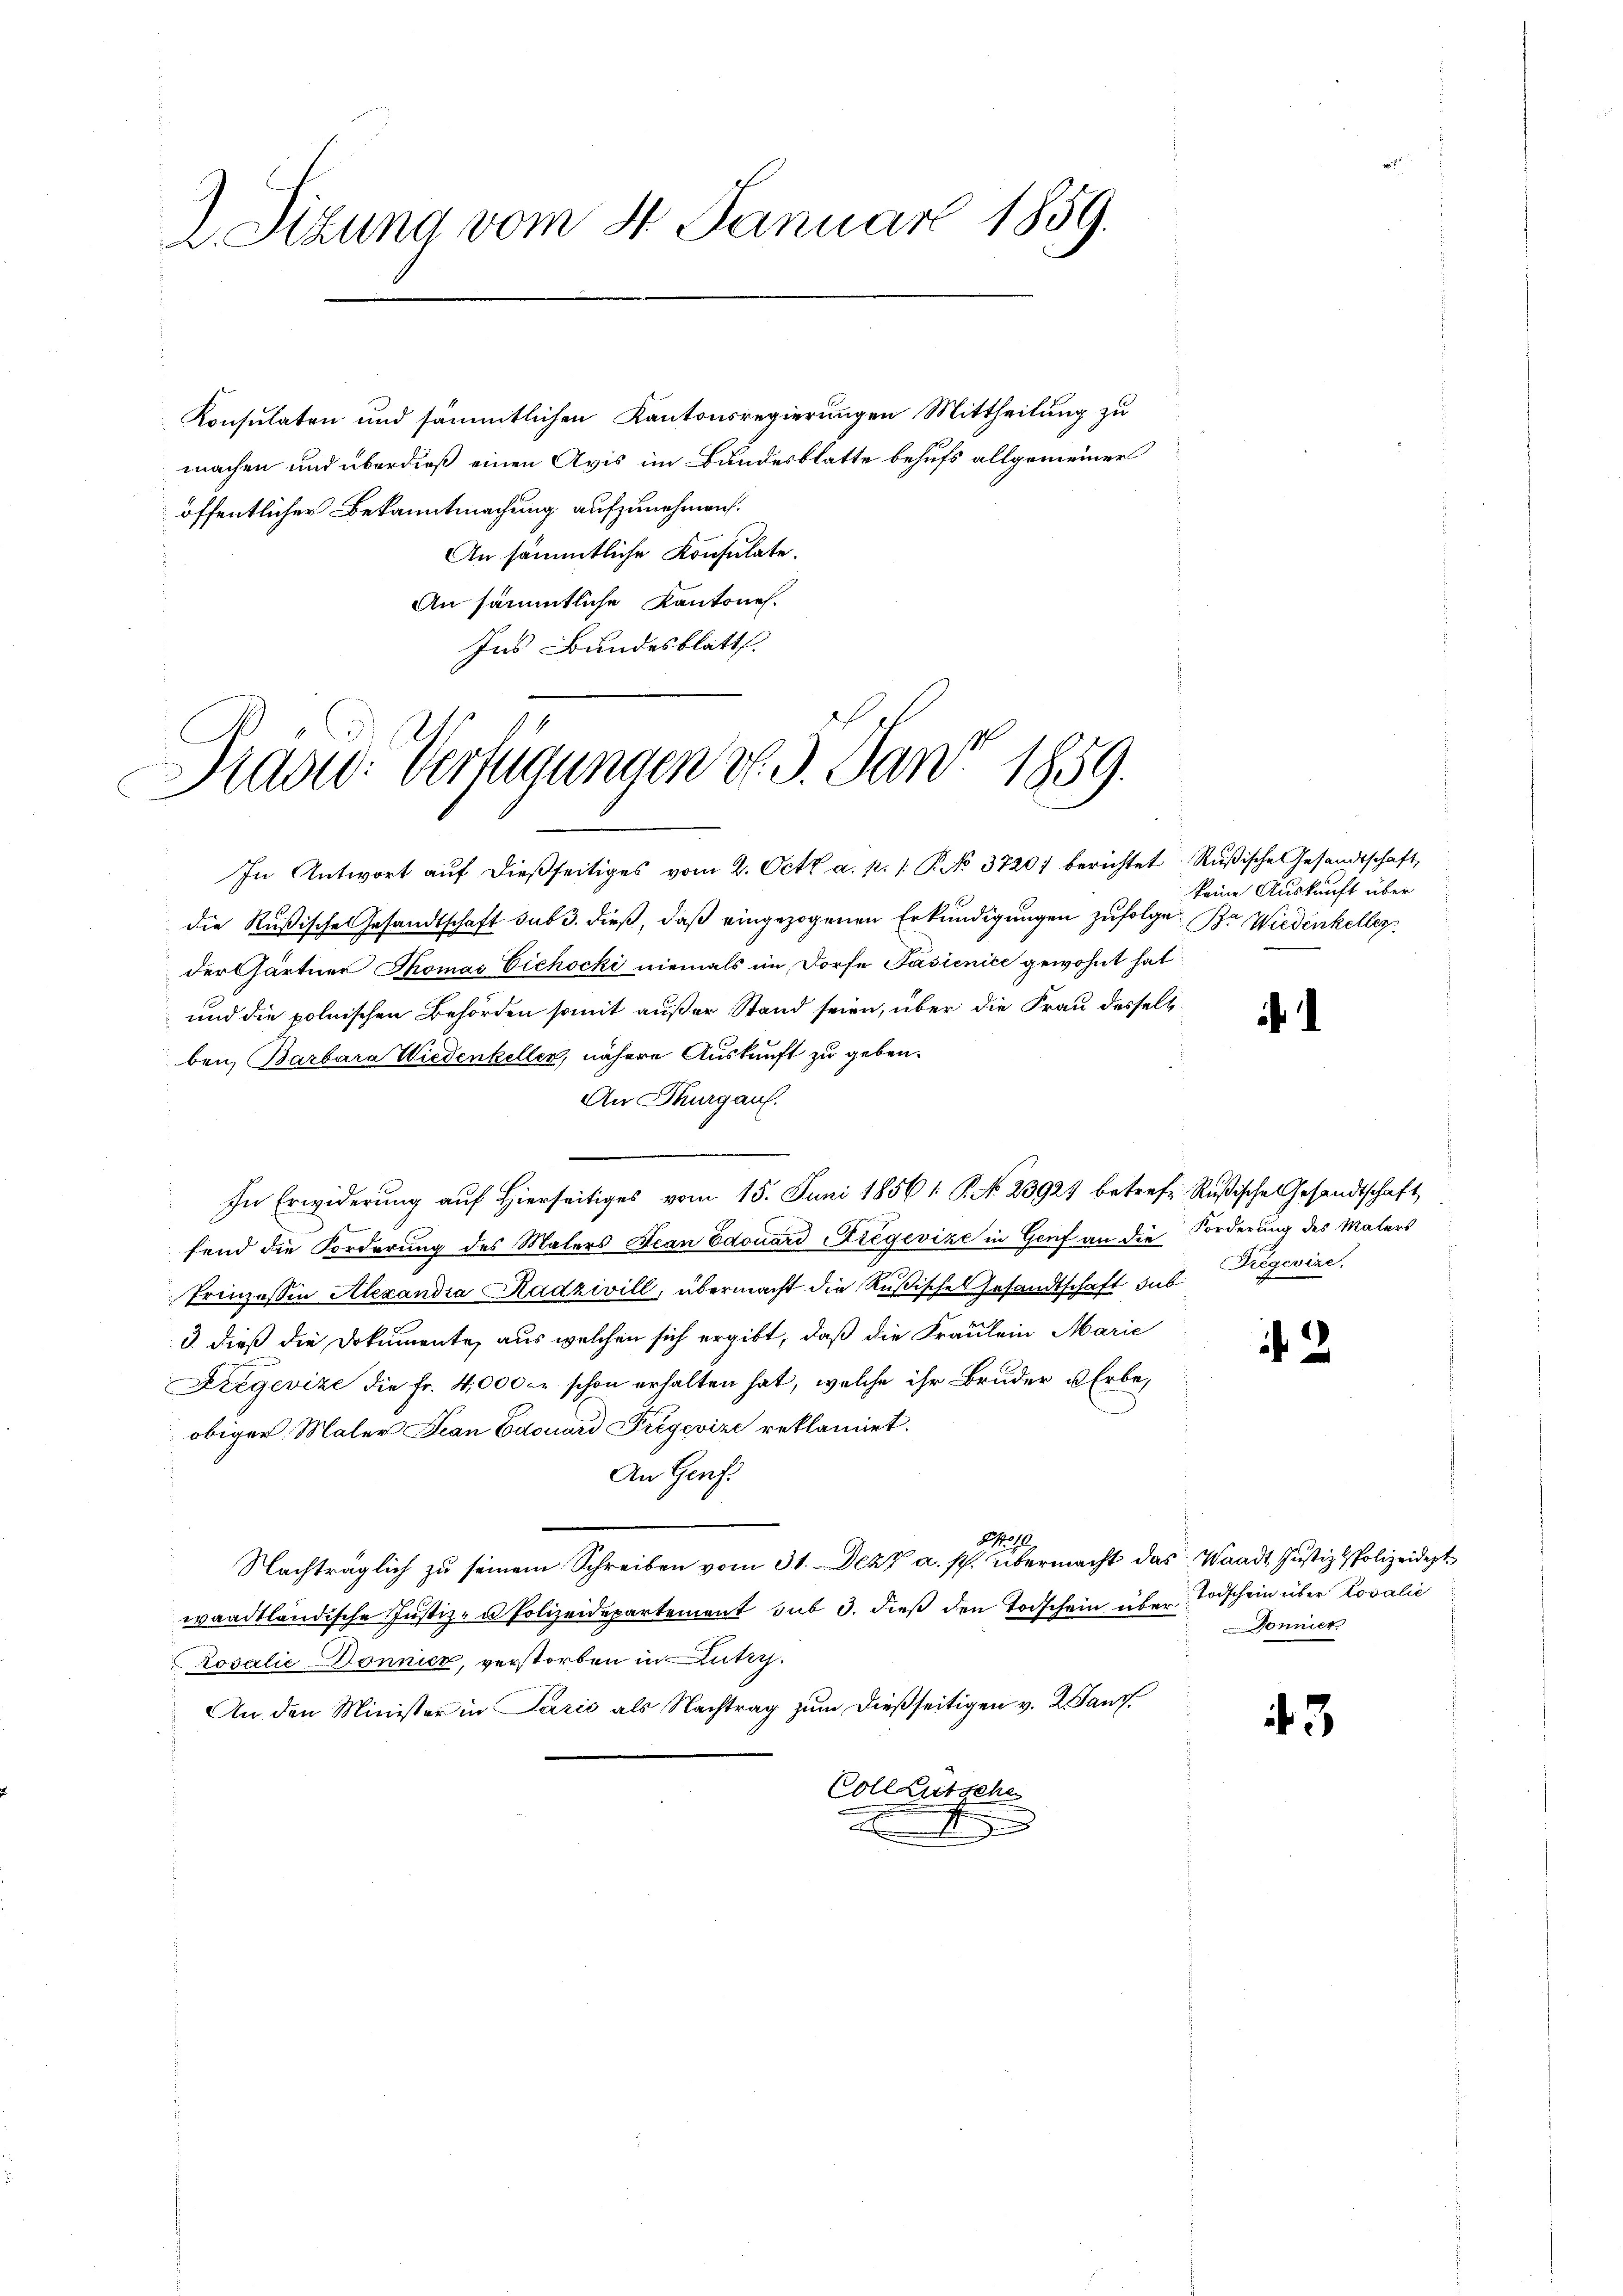
2 Sizung vom 4. Januar 1859.

Konsulaten und sämmtlichen Kantonsregierungen Mittheilung zu
machen und überdieß einen Avis im Bundesblatte behufs allgemeiner
öffentlicher Bekanntmachung aufzunehmen.
An sämmtliche Konsulate.
An sämmtliche Kantones.
Ins Bundesblatt.

In Antwort aŭf dießseitiges vom 2. Octb a. p. /: P. No 3720) berichtet Rußische Gesandtschaft
die Rußische Gesandtschaft sub 3. dieß, daß eingezogenen Erkundigungen zufolge B. Wiedenkeller
der Gärtner Thomas Eichocki niemals im Dorfe Pasienice gewohnt hat
und die polnischen Behörden somit außer Stand seien, über die Frau desselbben, Barbara Wiedenkeller, nähere Auskunft zu geben.
An Thurgau.
In Erwiderung auf Hierseitiges vom 15. Juni 1856 : P. No. 23927 betreff Rußische Gesandtschaft
fend die Forderung des Malers Jean Edouard Liegevize in Genf an die Forderung des Malers
Prinzessin Alexandia Radzivill, übermacht die Rußische Gesandtschaft sub
3. dieß die Dokumente, aus welchen sich ergibt, daß die Fraulein Marie
Dregevize die Fr. 4,000 er schon erhalten hat, welche ihr Bruder u Erbeobiger Maler Jean Edouard Prégevize reklamiet.
An Genf.
Ao. 18.
Nachträglich zu seinem Schreiben vom 31. Dezz a. p. übermacht das Waadt, Justiz & Polizeidest
waadtländische Justiz- u Polizeidepartement sub 3. dieß den Todschein über Todschein über Lovalie
rosalić Dönnicz, verstorben in Lutz.
An den Minister in Paris als Nachtrag zum dießseitigen v. 2. Janz
Vollzutsche
x

Präsid. Verfügungen No. 5. Janr 1859.

keine Auskunft über

.

Dregevize.

2

Dönnier

3